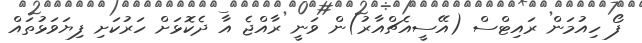
ފޯ ހިއުމަން ރައިޓްސް (އޭސީއެޗްއާރު)ން ވަނީ ރާއްޖެ އާ ދެކޮޅަށް ހަރުކަށި ފިޔަވަޅުތައް